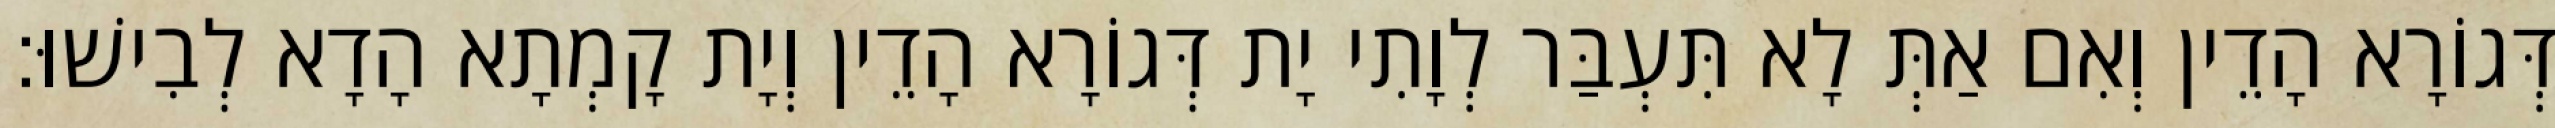
דְּגוֹרָא הָדֵין וְאִם אַתְּ לָא תִּעְבַּר לְוָתִי יָת דְּגוֹרָא הָדֵין וְיָת קָמְתָא הָדָא לְבִישׁוּ׃